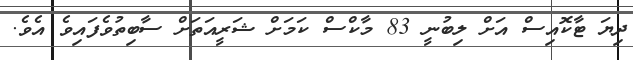
ދިޔަ ޓާކޮއިސް އަށް ލިބުނީ 83 މާކްސް ކަމަށް ޝަރީއަތަށް ސާބިތުވެފައިވެ އެވެ.